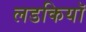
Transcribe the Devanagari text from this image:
लडकियॉ